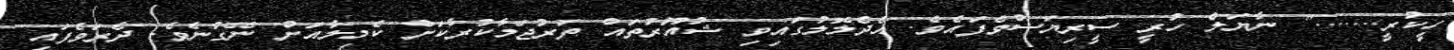
ހީކުރީ......." ނާޔަލް ހުރީ ސީރިޔަސްވެފައެވެ. އެދެލޮލުގައިވި ޝުއޫރުތައް ތަރުޖަމާކުރާކަށް ކެމިލާއަށް ނޭގުނެވެ. ދެރަވެފައި